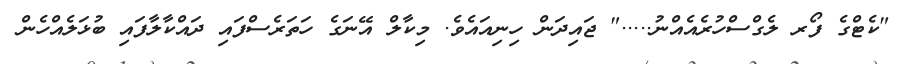
"ކެޓްގެ ފޯރ ލެގްސްހުރެއެއްނު....." ޖައިދަން ހިނިއައެވެ. މިކާލް އޭނަގެ ހަތަރެސްފައި ދައްކާލާފައި ބުޅަލެއްހެން